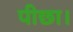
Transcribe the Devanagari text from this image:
पीछा।